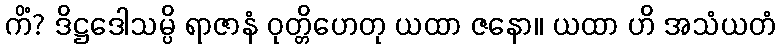
ကိံ? ဒိဋ္ဌဒေါသမ္ပိ ရာဇာနံ ဝုတ္တိဟေတု ယထာ ဇနော။ ယထာ ဟိ အသံယတံ